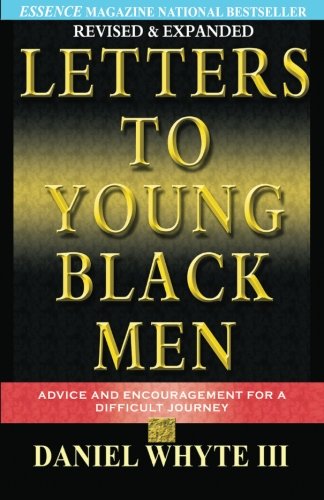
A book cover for Letters to Young Black Men: Advice and Encouragement for a Difficult Journey; Daniel Whyte III; Christian Books & Bibles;